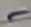
Text: -